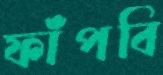
ফাঁপবি